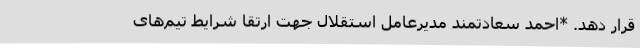
قرار دهد. *احمد سعادتمند مدیرعامل استقلال جهت ارتقا شرایط تیم‌های